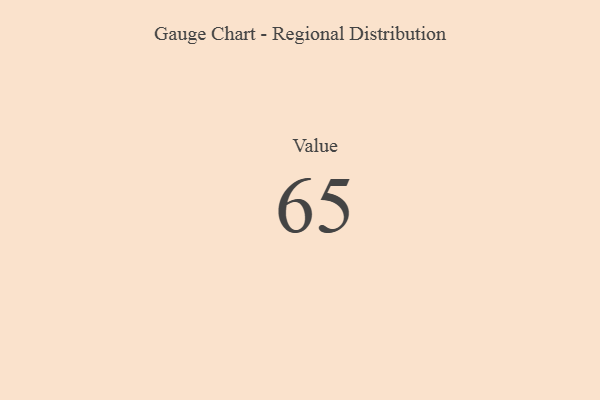
{"axis": {"x": "Metric", "y": "Value"}, "legend": [""], "data": [{"x": "Value", "y": 65, "type": ""}]}